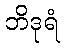
ဘိဒုရံ